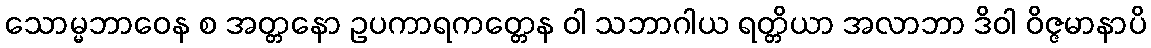
သောမ္မဘာဝေန စ အတ္တနော ဥပကာရကတ္တေန ဝါ သဘာဂါယ ရတ္တိယာ အလာဘာ ဒိဝါ ဝိဇ္ဇမာနာပိ